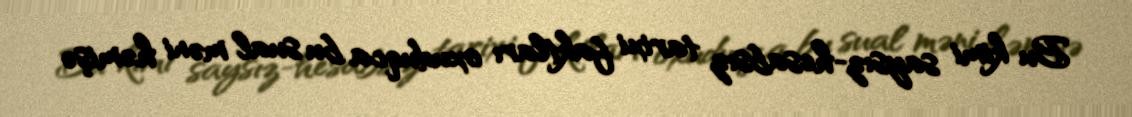
Bu kimi saysız-hesabsız tarixi faktları oxuduqca bu sual məni həmişə